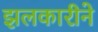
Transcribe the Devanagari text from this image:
झलकारीने